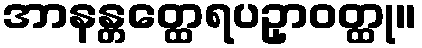
အာနန္တတ္ထေရပဥှာဝတ္ထု။